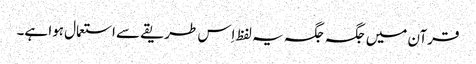
قرآن میں جگہ جگہ یہ لفظ اِس طریقے سے استعمال ہوا ہے۔